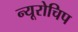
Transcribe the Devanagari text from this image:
न्यूरोचिप